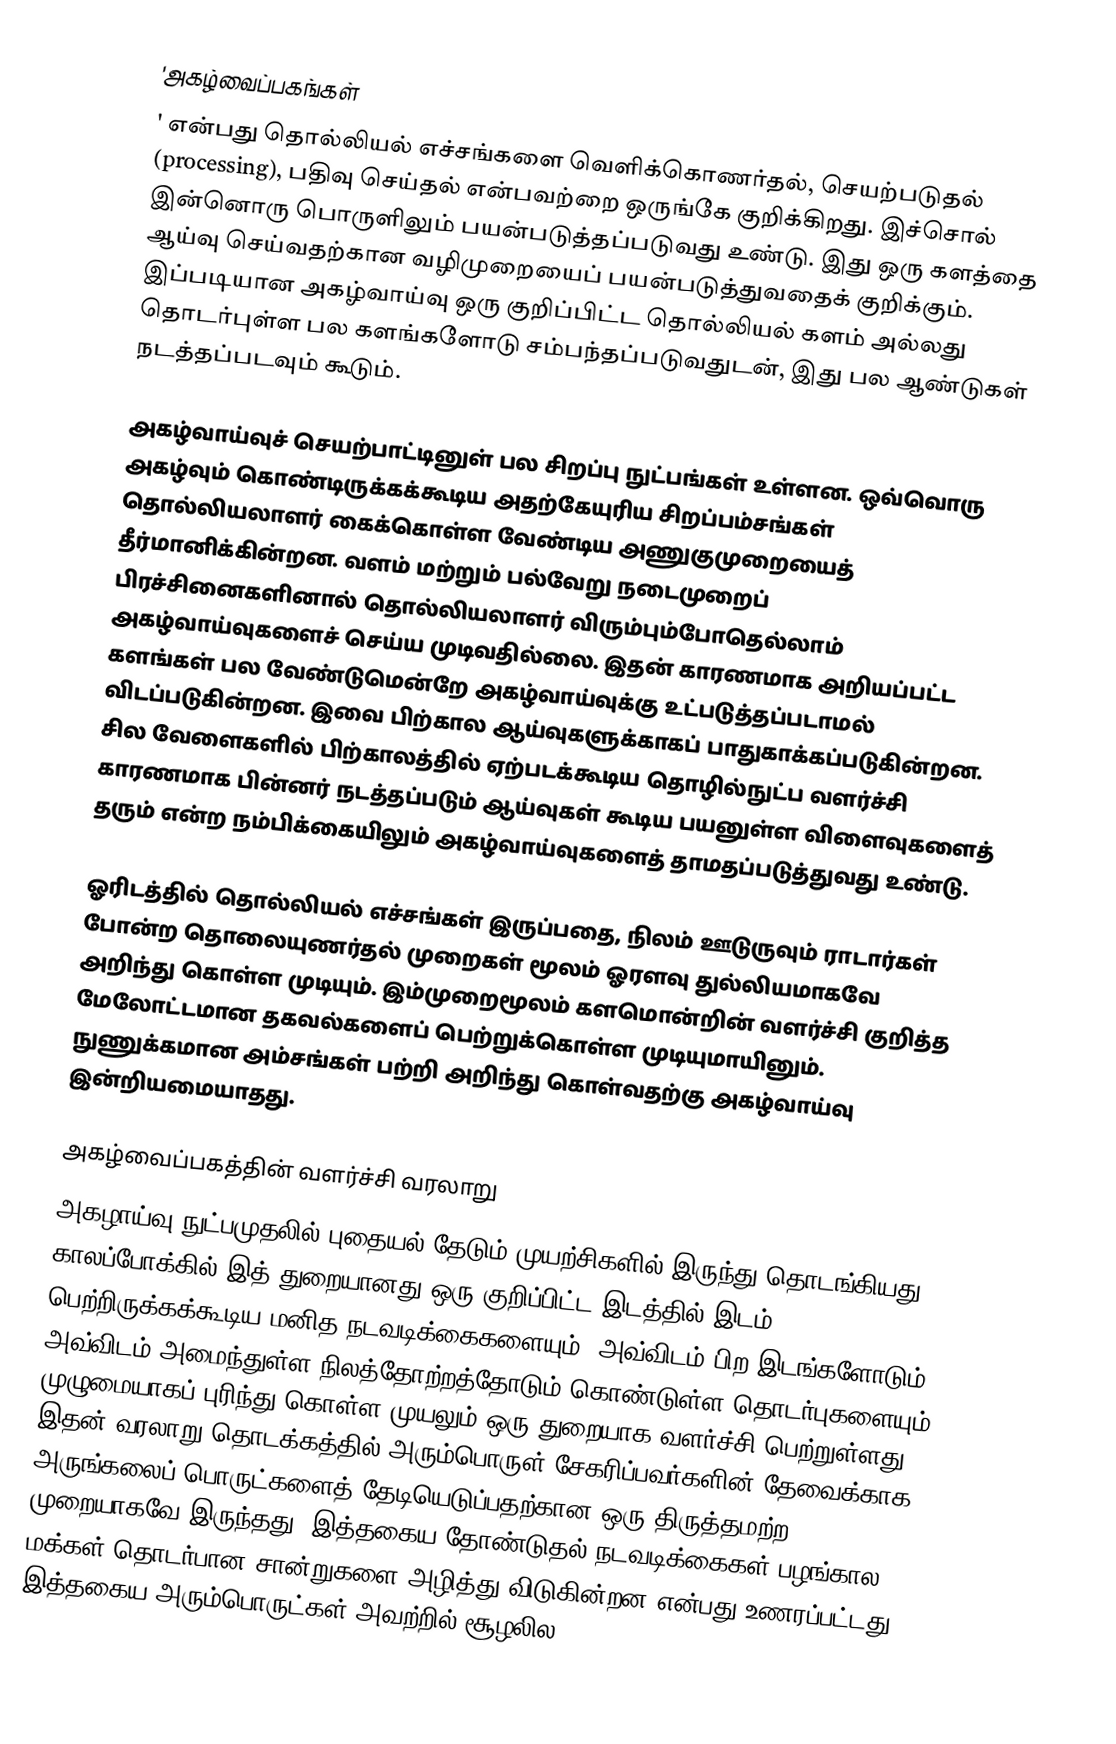
'அகழ்வைப்பகங்கள்
' என்பது தொல்லியல் எச்சங்களை வெளிக்கொணர்தல், செயற்படுதல் (processing), பதிவு செய்தல் என்பவற்றை ஒருங்கே குறிக்கிறது. இச்சொல் இன்னொரு பொருளிலும் பயன்படுத்தப்படுவது உண்டு. இது ஒரு களத்தை ஆய்வு செய்வதற்கான வழிமுறையைப் பயன்படுத்துவதைக் குறிக்கும். இப்படியான அகழ்வாய்வு ஒரு குறிப்பிட்ட தொல்லியல் களம் அல்லது தொடர்புள்ள பல களங்களோடு சம்பந்தப்படுவதுடன், இது பல ஆண்டுகள் நடத்தப்படவும் கூடும்.

அகழ்வாய்வுச் செயற்பாட்டினுள் பல சிறப்பு நுட்பங்கள் உள்ளன. ஒவ்வொரு அகழ்வும் கொண்டிருக்கக்கூடிய அதற்கேயுரிய சிறப்பம்சங்கள் தொல்லியலாளர் கைக்கொள்ள வேண்டிய அணுகுமுறையைத் தீர்மானிக்கின்றன. வளம் மற்றும் பல்வேறு நடைமுறைப் பிரச்சினைகளினால் தொல்லியலாளர் விரும்பும்போதெல்லாம் அகழ்வாய்வுகளைச் செய்ய முடிவதில்லை. இதன் காரணமாக அறியப்பட்ட களங்கள் பல வேண்டுமென்றே அகழ்வாய்வுக்கு உட்படுத்தப்படாமல் விடப்படுகின்றன. இவை பிற்கால ஆய்வுகளுக்காகப் பாதுகாக்கப்படுகின்றன. சில வேளைகளில் பிற்காலத்தில் ஏற்படக்கூடிய தொழில்நுட்ப வளர்ச்சி காரணமாக பின்னர் நடத்தப்படும் ஆய்வுகள் கூடிய பயனுள்ள விளைவுகளைத் தரும் என்ற நம்பிக்கையிலும் அகழ்வாய்வுகளைத் தாமதப்படுத்துவது உண்டு.

ஓரிடத்தில் தொல்லியல் எச்சங்கள் இருப்பதை, நிலம் ஊடுருவும் ராடார்கள் போன்ற தொலையுணர்தல் முறைகள் மூலம் ஓரளவு துல்லியமாகவே அறிந்து கொள்ள முடியும். இம்முறைமூலம் களமொன்றின் வளர்ச்சி குறித்த மேலோட்டமான தகவல்களைப் பெற்றுக்கொள்ள முடியுமாயினும். நுணுக்கமான அம்சங்கள் பற்றி அறிந்து கொள்வதற்கு அகழ்வாய்வு இன்றியமையாதது.

அகழ்வைப்பகத்தின் வளர்ச்சி வரலாறு
அகழாய்வு நுட்பமுதலில் புதையல் தேடும் முயற்சிகளில் இருந்து தொடங்கியது. காலப்போக்கில் இத் துறையானது ஒரு குறிப்பிட்ட இடத்தில் இடம் பெற்றிருக்கக்கூடிய மனித நடவடிக்கைகளையும்; அவ்விடம் பிற இடங்களோடும், அவ்விடம் அமைந்துள்ள நிலத்தோற்றத்தோடும் கொண்டுள்ள தொடர்புகளையும், முழுமையாகப் புரிந்து கொள்ள முயலும் ஒரு துறையாக வளர்ச்சி பெற்றுள்ளது. இதன் வரலாறு தொடக்கத்தில் அரும்பொருள் சேகரிப்பவர்களின் தேவைக்காக அருங்கலைப் பொருட்களைத் தேடியெடுப்பதற்கான ஒரு திருத்தமற்ற முறையாகவே இருந்தது. இத்தகைய தோண்டுதல் நடவடிக்கைகள் பழங்கால மக்கள் தொடர்பான சான்றுகளை அழித்து விடுகின்றன என்பது உணரப்பட்டது. இத்தகைய அரும்பொருட்கள் அவற்றில் சூழலில